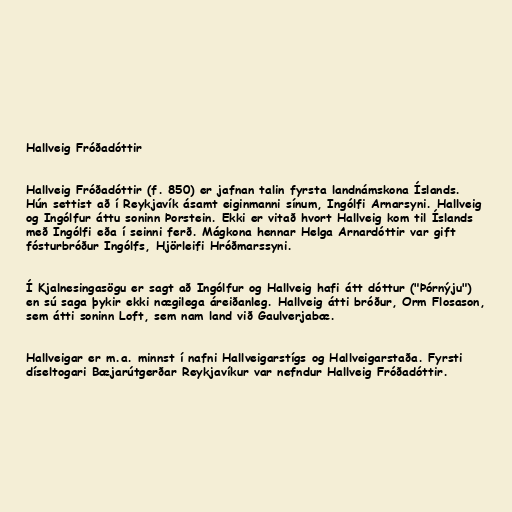
Hallveig Fróðadóttir

Hallveig Fróðadóttir (f. 850) er jafnan talin fyrsta landnámskona Íslands.
Hún settist að í Reykjavík ásamt eiginmanni sínum, Ingólfi Arnarsyni. Hallveig
og Ingólfur áttu soninn Þorstein. Ekki er vitað hvort Hallveig kom til Íslands
með Ingólfi eða í seinni ferð. Mágkona hennar Helga Arnardóttir var gift
fósturbróður Ingólfs, Hjörleifi Hróðmarssyni.

Í Kjalnesingasögu er sagt að Ingólfur og Hallveig hafi átt dóttur ("Þórnýju")
en sú saga þykir ekki nægilega áreiðanleg. Hallveig átti bróður, Orm Flosason,
sem átti soninn Loft, sem nam land við Gaulverjabæ.

Hallveigar er m.a. minnst í nafni Hallveigarstígs og Hallveigarstaða. Fyrsti
díseltogari Bæjarútgerðar Reykjavíkur var nefndur Hallveig Fróðadóttir.